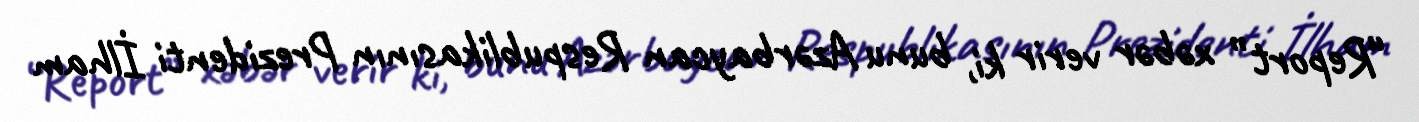
“Report” xəbər verir ki, bunu Azərbaycan Respublikasının Prezidenti İlham